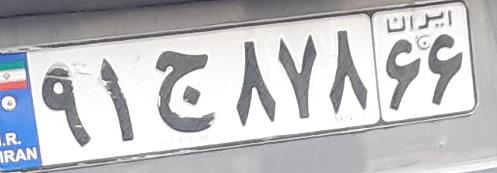
۹۱ج۸۷۸۶۶